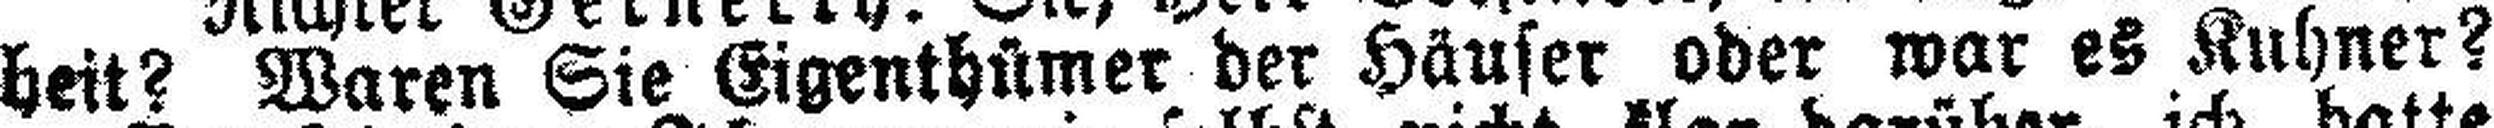
heit? Waren Sie Eigenthümer der Häuser oder war es Kuhner?